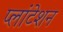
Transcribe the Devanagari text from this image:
प्लांटेशन